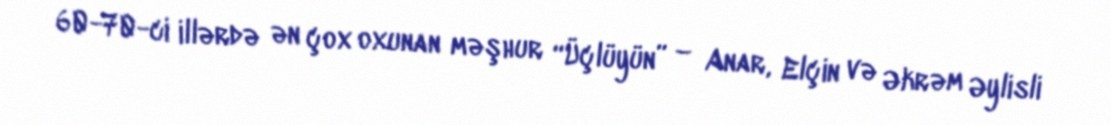
60-70-ci illərdə ən çox oxunan məşhur “Üçlüyün” – Anar, Elçin və Əkrəm Əylisli